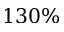
1 3 0 \%